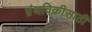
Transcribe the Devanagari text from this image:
ग्रंथविक्रीसाठी